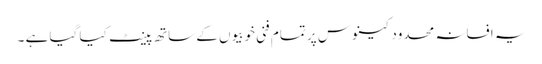
یہ افسانہ محدود کینوس پر تمام فنی خوبیوں کے ساتھ پینٹ کیا گیا ہے ۔